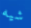
شيه